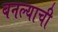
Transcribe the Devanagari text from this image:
बनल्याची